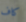
كاف